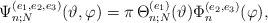
LaTeX: \begin{align*}\Psi_{n;N}^{(e_1,e_2,e_3)}(\vartheta,\varphi)=\pi \,\Theta_{n;N}^{(e_1)}(\vartheta)\Phi_{n}^{(e_2,e_3)}(\varphi),\end{align*}